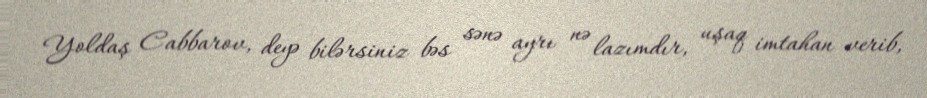
Yoldaş Cabbarov, deyə bilərsiniz bəs sənə ayrı nə lazımdır, uşaq imtahan verib,